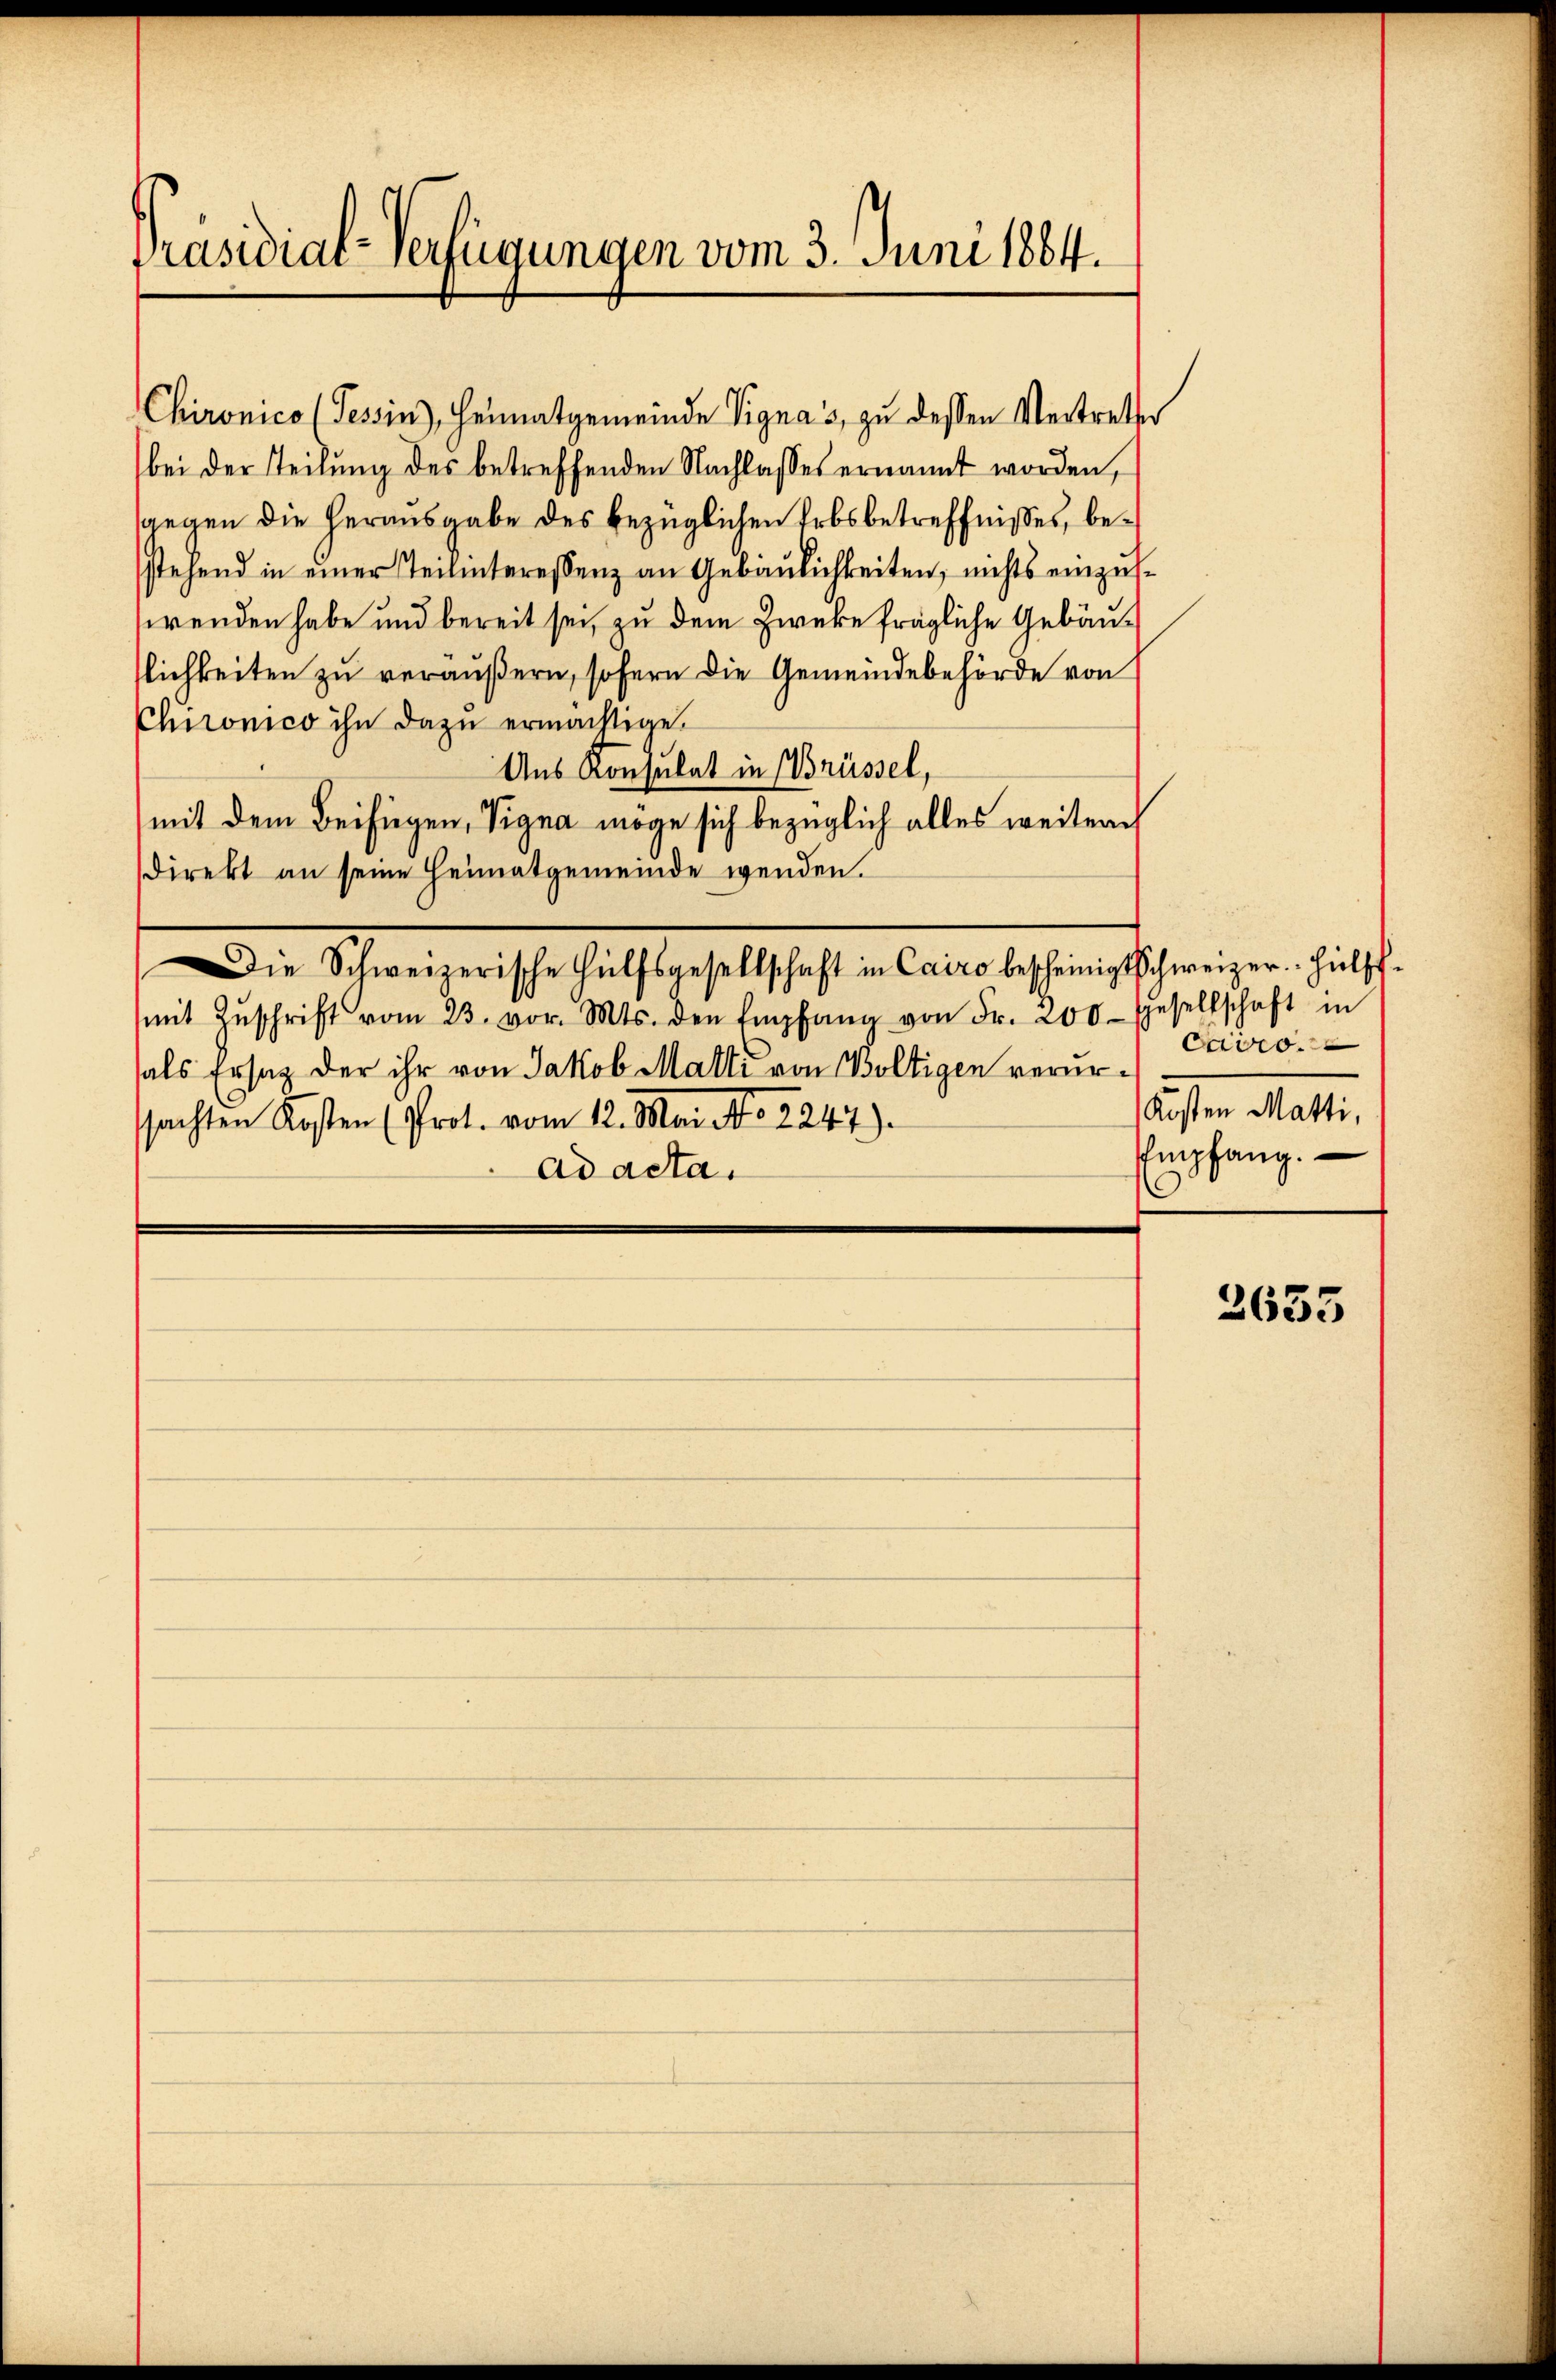
Präsidial-Verfügungen vom 3. Juni 1864.

Chironico (Tessin, Heimatgemeinde Signas, zu dessen Vertretter
bei der Teilung des betreffenden Nachlasses ernannt worden,
sgegen die herausgabe des bezüglichen Erbsbetreffnisses, bestehend in einer Teilinteressenz an Gebäulichkeiten, nichts einzuswenden habe und bereit sei, zu dem Zwecke fragliche Gebäuslichkeiten zu veräußern, sofern die Gemeindebehörde von
Chnonico ihn dazu ermächtige.
Ans Konsulat in Brüssel,
mit dem Beifügen, Vigna möge sich bezüglich alles weitere
direkt an seine Heimatgemeinde wenden.
Die Schweizerische Hülfsgesellschaft in Cairo bescheinig Schweizer. Hülfs-
mit Zŭschrift vom 23. vor. Mts. den Empfang von Fr. 200 gesellschaft in
als Ersatz der ihr von Jakob Malti von Boltigen verursachten Kosten (Prot. vom 12. Mai No 2247).
ad acta.

Civo.
lasten alt.
Empfang.

2635